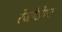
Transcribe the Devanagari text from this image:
रेजीडेण्ट